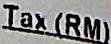
TAX (RM)